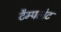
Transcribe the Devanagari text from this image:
टैम्पलेट